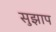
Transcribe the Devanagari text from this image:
सुझाप